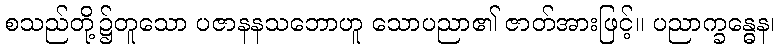
စသည်တို့၌တူသော ပဇာနနသဘောဟူ သောပညာ၏ ဇာတ်အားဖြင့်။ ပညာက္ခန္ဓေန၊